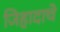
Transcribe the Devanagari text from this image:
जिहादाचे